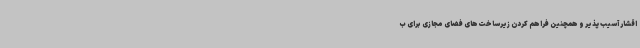
اقشار آسیب پذیر و همچنین فراهم کردن زیرساخت‌های فضای مجازی برای ب